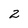
Character: 2